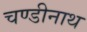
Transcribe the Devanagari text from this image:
चण्‍डीनाथ